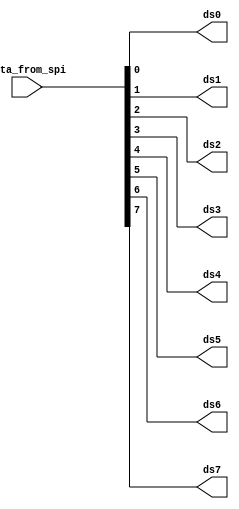
///////////////////////////////////////////////////////////////////////////////////////////////////
// Company: <Name>
//
// File history:
//      <Revision number>: <Date>: <Comments>
//      <Revision number>: <Date>: <Comments>
//      <Revision number>: <Date>: <Comments>
//
// Description: 
//
// <Description here>
//
// Targeted device: <Family::ProASIC3L> <Die::M1A3P1000L> <Package::484 FBGA>
//
/////////////////////////////////////////////////////////////////////////////////////////////////// 

//`timescale <time_units> / <precision>

module spi_data_out( data_from_spi,ds0, ds1,ds2,ds3,ds4,ds5,ds6,ds7 );
input [7:0] data_from_spi;
output ds0,ds1,ds2,ds3,ds4,ds5,ds6,ds7;

assign ds0 = data_from_spi[0];
assign ds1 = data_from_spi[1];
assign ds2 = data_from_spi[2];
assign ds3 = data_from_spi[3];
assign ds4 = data_from_spi[4];
assign ds5 = data_from_spi[5];
assign ds6 = data_from_spi[6];
assign ds7 = data_from_spi[7];

endmodule